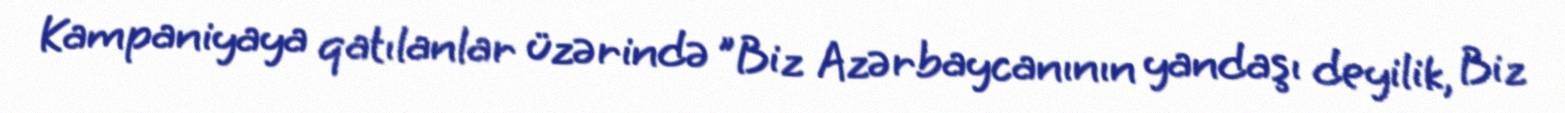
Kampaniyaya qatılanlar üzərində "Biz Azərbaycanının yandaşı deyilik, Biz